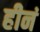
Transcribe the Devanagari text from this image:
हीनं